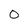
Character: 0